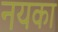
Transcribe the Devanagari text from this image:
नयका